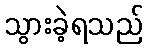
သွားခဲ့ရသည်